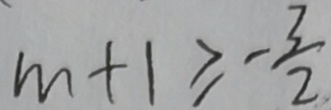
m + 1 \geq - \frac { 3 } { 2 }